Annual report on the health of the army in India
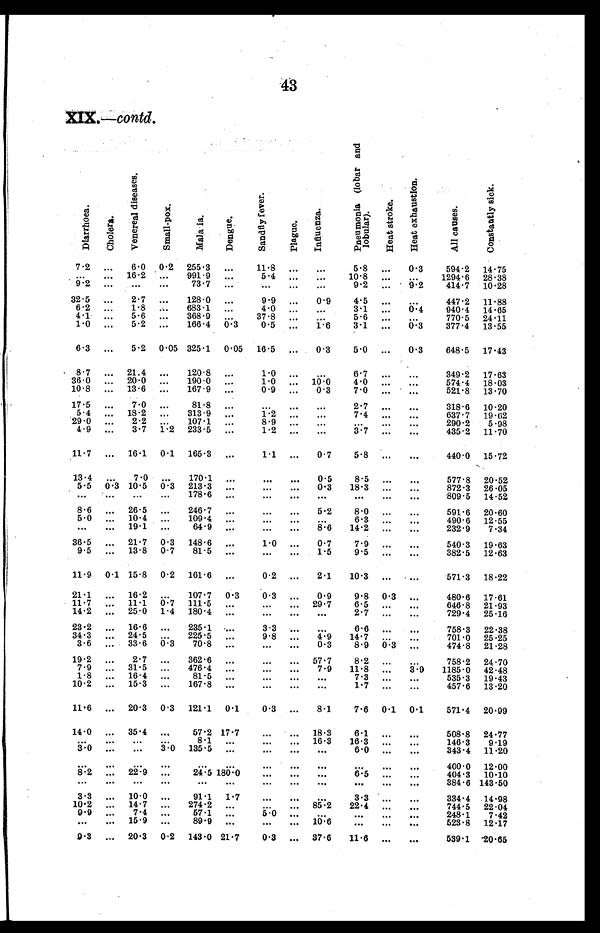
43
XIX. —contd.
D i a r r h o e a .
Ch o l e r a .
V e n e r a l d i s e a s e s .
S ma l l . . . p o x
Ma l a r i a .
De n g u e .
S a n d f l y f e v e r .
Pl a gue .
I n f l u e n z a .
P n e u m o n i a ( l o b a r a n d l o b u l a r ) .
H e a t S t r o k e .
H e a t e x h a u s t i o n .
A l l c a u s e s .
C o n s t a n t l y s i c k .
7.2
... 6.0 0.2 255.3
. . . 11.8
. . .
. . .
5.8
. . . 0.3
594.2 14.75
. . . ... 16.2
. . . 991.9
. . .
5.4
. . .
. . . 10.8
. . .
. . . 1294.6 28.38
9.2 ...
. . .
. . . 73.7
. . .
. . .
. . .
. . .
9.2 ... • 9.2
414.7 10.28
32.5
... 2.7
. . . 128.0
. . . 9.9
. . . 0.9
4.5
. . .
. . . 447.2 11.88
6.2
... 1.8
. . . 683.1
. . .
4.0
. . .
. . .
3.1
. . . 0.4
940.4 14.65
4.1
... 5...6
. . . 368.9
. . . 37.8
. . .
. . .
5.6
. . .
. . .
770.5 24.11
1.0
... 5.2
. . . 166.4 0.3
0.5
. . . 1.6
3.1
. . . 0.3
377.4 13.55
6.3 ... 5.2 0.05 325.1 0.05 16.5
. . . 0.3
5.0
. . . 0.3
648.5 17.43
8.7
... 21.4
. . . 120.8
. . .
1.0
. . .
. . .
6 . 7
. . .
. . . 349.2 17.63
36.0
... 20.0
. . . 190.0
. . .
1.0
. . . 10.0
4.0
. . .
. . .
574.4 18.03
10.8
... 13.6
. . . 167.9
. . .
0.9
. . . 0.3
7.0
. . .
. . .
521.8 13.70
17.5 ... 7.0
. . . 81.8
. . .
. . .
. . .
. . .
2 . 7
. . .
. . . 318.6 10.20
5.4 ... 18.2
. . . 313.9
. . .
1.2
. . .
. . . 7.4
. . .
. . . 637.7 19.62
29.0
... 2.2
. . . 107.1
. . .
8 . 9
. . .
. . .
. . .
. . .
. . .
290.2 5.98
4.9 ... 3.7 1.2 233.5
. . .
1.2
. . .
. . . 3.7
. . .
. . . 435.2 11.70
11.7 ... 16.1 0.1 165.3
. . .
1.1
. . . 0.7
5.8
. . .
. . .
440.0 15.72
13.4
...
7.0
. . . 170.1
. . .
. . .
. . . 0.5
8.5
. . .
. . .
577.8 20.52
5.5 0.3 10.5 0.3 213.3
. . .
. . .
. . . 0.3 18.3
. . .
. . .
872.3 26.05
. . .
. . .
. . .
. . . 178.6
. . .
. . .
. . .
. . .
. . .
. . .
. . .
809.5 14.52
8.6
. . . 26.5
. . . 246.7
. . .
. . .
. . . 5.2
8.0
. . .
. . .
591.6 20.60
5.0
. . . 10.4
. . . 109.4
. . .
. . .
. . .
. . .
6 . 3
. . .
. . . 490.6 12.55
. . .
. . . 19.1
. . . 64.9
. . .
. . .
. . . 8.6 14.2
. . .
. . .
232.9 7.34
36.5
. . . 21.7 0.3 148.6
. . .
1.0
. . . 0.7
7.9
. . .
. . .
540.3 19.63
9.5
. . . 13.8 0.7 81.5
. . .
. . .
. . . 1.5
9.5
. . .
. . .
382.5 12.63
11.9 0.1 15.8 0.2 161.6
. . .
0.2
. . . 2.1 10.3
. . .
. . .
571.3 18.22
21.1
. . . 16.2
. . . 107.7 0.3
0.3
. . . 0.9
9.8 0.3
. . .
480.6 17.61
11.7
. . . 11.1 0.7 111.5
. . .
. . .
. . . 29.7
6.5
. . .
. . .
646.8 21.93
14.2
. . . 25.0 1.4 180.4
. . .
. . .
. . .
. . .
2 . 7
. . .
. . . 729.4 25.16
23.2
. . . 16.6
. . . 235.1
. . .
3.3
. . .
. . .
6 . 6
. . .
. . . 758.3 22.38
34.3
. . . 24.5
. . . 225.5
. . .
9.8
. . .
4 . 9 14.7
. . .
. . .
701.0 25.25
3.6
. . . 33.6 0.3 70.8
. . .
. . .
. . . 0.3
8.9 0.3
. . .
474.8 21.28
19.2
. . . 2.7
. . . 362.6
. . .
. . .
. . . 57.7
8.2
. . .
. . .
758.2 24.70
7.9
. . . 31.5
. . . 476.4
. . .
. . .
. . . 7.9 11.8
. . . 3.9 1185.0 42.48
1.8
. . . 16.4
. . . 81.5
. . .
. . .
. . .
. . .
7 . 3
. . .
. . . 535.3 19.43
10.2
. . . 15.3
. . . 167.8
. . .
. . .
. . .
. . .
1 . 7
. . .
. . . 457.6 13.20
11.6
. . . 20.3 0.3 121.1 0.1
0.3
. . . 8.1
7.6 0.1 0.1
571.4 20.99
14.0
. . . 35.4
. . . 57.2 17.7
. . .
. . . 18.3
6.1
. . .
. . .
508.8 24.77
. . .
. . .
. . .
. . .
8.1
. . .
. . .
. . . 16.3 16.3
. . .
. . .
146.3 9.19
3.0
. . .
. . . 3.0 135.5
. . .
. . .
. . .
. . .
6.0
. . .
. . .
343.4 11.20
. . .
. . .
. . .
. . .
. . .
. . .
. . .
. . .
. . .
. . .
. . .
. . . 400.0 12.00
8 . 2
. . . 2.9
. . . 24.5 180.0
. . .
. . .
. . .
6.5
. . .
. . . 404.3 10.10
. . .
. . .
. . .
. . .
. . .
. . .
. . .
. . .
. . .
. . .
. . .
. . .
3 8 4 . 6
1 4 3 . 5 0
3.3
. . . 10.0
. . . 91.1 1.7
. . .
. . .
. . .
3 . 3
. . .
. . . 334.4 14.98
10.2
. . . 14.7
. . . 274.2
. . .
. . .
. . . 85.2 22.4
. . .
. . .
744.5 22.04
9.9
. . . 7.4
. . . 57.1
. . .
5.0
. . .
. . .
. . .
. . .
. . .
248.1 7.42
. . .
. . . 15.9
. . . 89.9
. . .
. . .
. . . 10.6
. . .
. . .
. . .
523.8 12.17
9.3
. . . 20.3 0.2 143.0 21.7
0.3
. . . 37.6 11.6
. . .
. . .
539.1 20.65